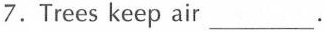
7.Trees keep air ___.